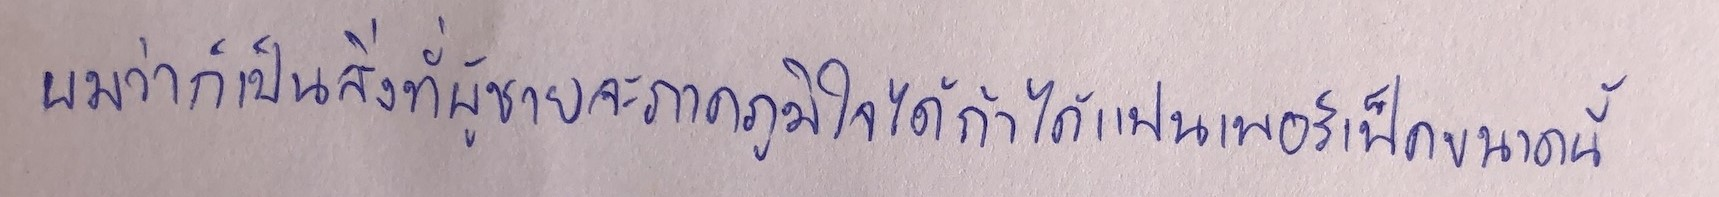
ผมว่าก็เป็นสิ่งที่ผู้ชายจะภาคภูมิใจได้ถ้าได้แฟนเพอร์เฟ็คขนาดนี้